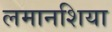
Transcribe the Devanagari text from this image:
लमानशिया